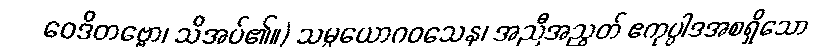
ဝေဒိတဗ္ဗော၊ သိအပ်၏။) သမ္ပယောဂဝသေန၊ အညီအညွတ် ဧကုပ္ပါဒအစရှိသော